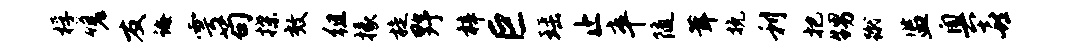
桴嗟友诲雩苟揲效徂掾旋野梓巨瑶止卒随茸挽利把甥蹴监奥喜